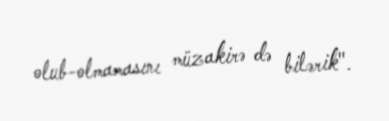
olub-olmamasını müzakirə də bilərik".